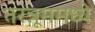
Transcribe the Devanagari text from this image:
तरन्नूममध्ये